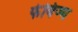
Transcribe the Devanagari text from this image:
फेविज्म